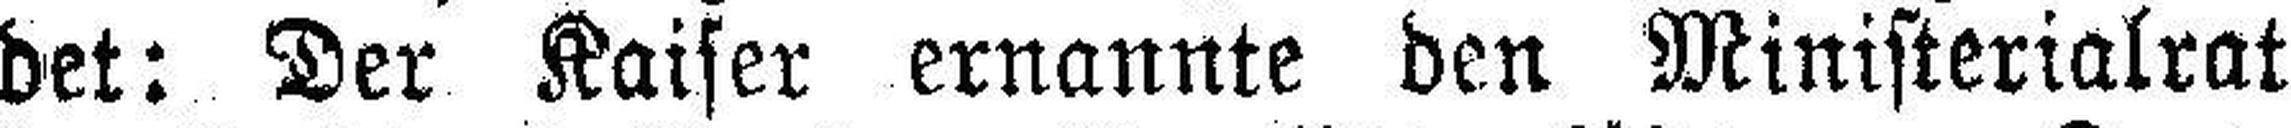
det: Der Kaiser ernannte den Ministerialrat